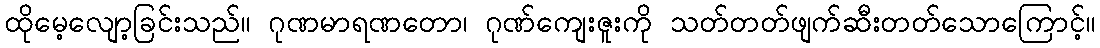
ထိုမေ့လျော့ခြင်းသည်။ ဂုဏမာရဏတော၊ ဂုဏ်ကျေးဇူးကို သတ်တတ်ဖျက်ဆီးတတ်သောကြောင့်။